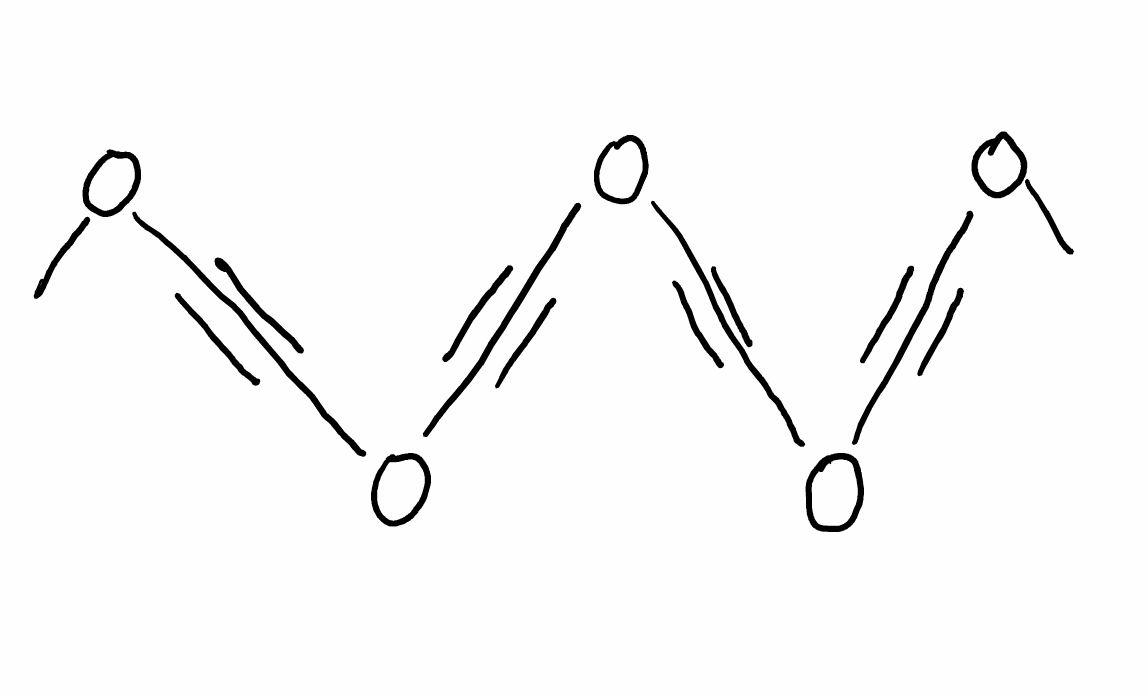
Simplified molecular-input line-entry system (SMILES) notation of the given molecule:
COC#COC#COC#COC#COC